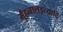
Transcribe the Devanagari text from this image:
मुँहनालइत्यादि